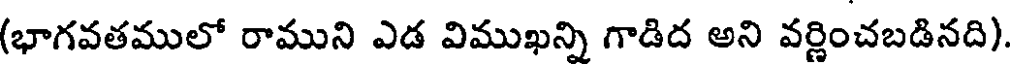
(భాగవతములో రాముని ఎడ విముఖన్ని గాడిద అని వర్ణించబడినది).